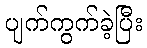
ပျက်ကွက်ခဲ့ပြီး